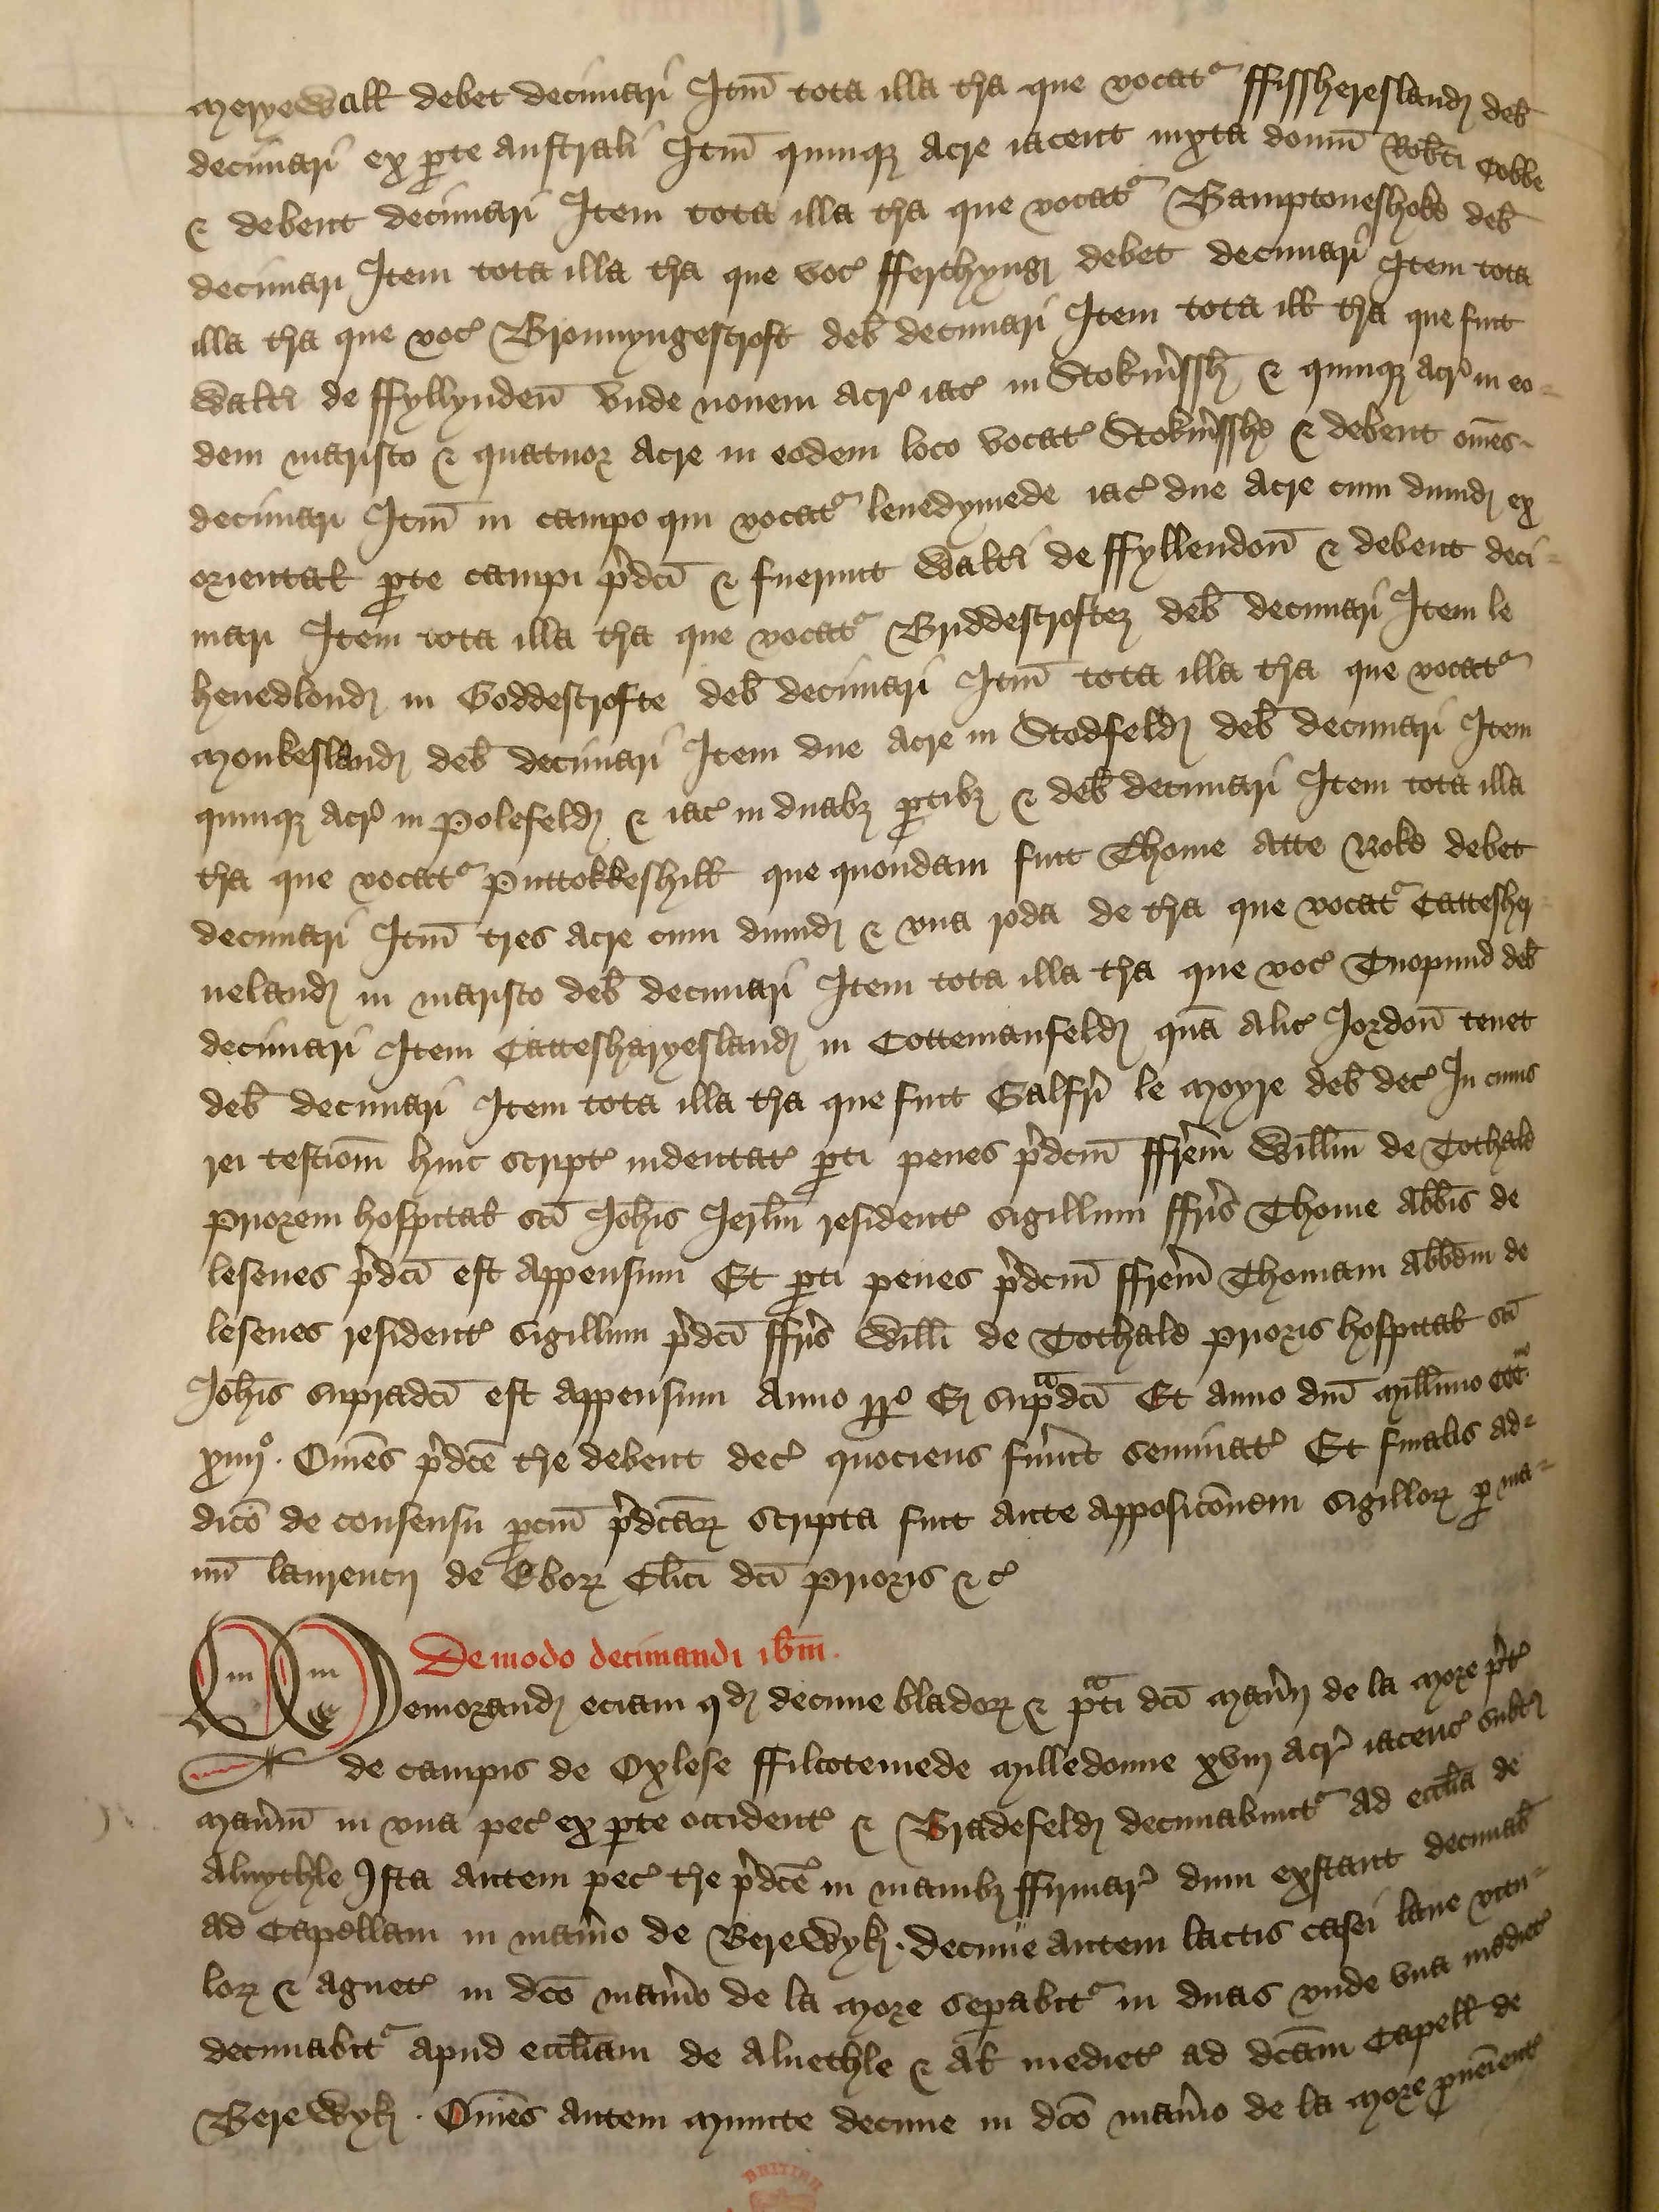
Shelfmark: London, British Library, Nero E VI
Century: 15